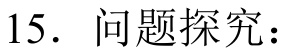
15. 问题探究：